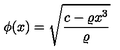
\phi ( x ) = \sqrt { \displaystyle \frac { c - \varrho x ^ { 3 } } { \varrho } }